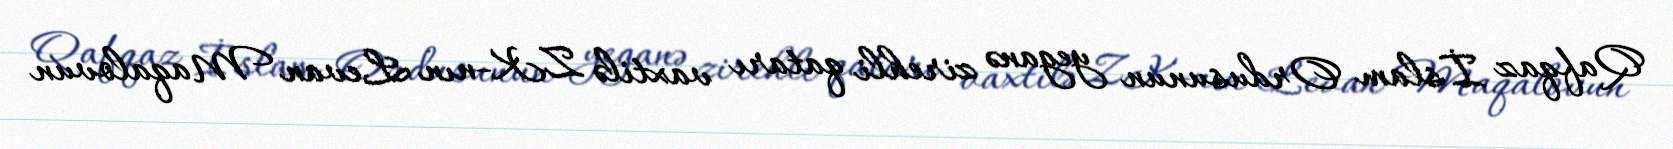
Qafqaz İslam Ordusunun yeganə zirehli qatarı vaxtilə ZK-nın Levan Maqalovun